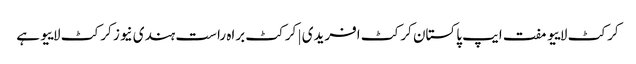
کرکٹ لاییو مفت ایپ پاکستان کرکٹ افریدی | کرکٹ براہ راست ہندی نیوز کرکٹ لاییو ہے